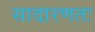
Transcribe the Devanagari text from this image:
सादारणतः